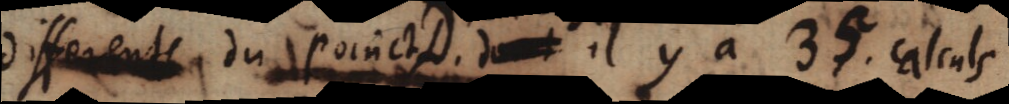
differente du poinct D. dannt il y a 35. calculs